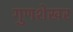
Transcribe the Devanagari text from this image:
गुणशेखर